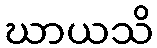
ဃာယသိ